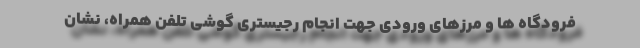
فرودگاه ها و مرزهای ورودی جهت انجام رجیستری گوشی تلفن همراه، نشان